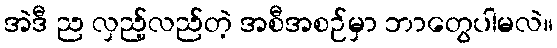
အဲဒီ ည လှည့်လည်တဲ့ အစီအစဉ်မှာ ဘာတွေပါမလဲ။